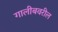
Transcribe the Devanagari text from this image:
गालीबवरील